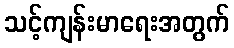
သင့်ကျန်းမာရေးအတွက်